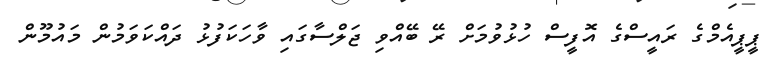
ޕީޕީއެމްގެ ރައީސްގެ އޮފީސް ހުޅުވުމަށް ރޭ ބޭއްވި ޖަލްސާގައި ވާހަކަފުޅު ދައްކަވަމުން މައުމޫން